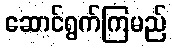
ဆောင်ရွက်ကြမည်